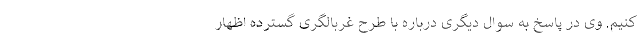
کنیم. وی در پاسخ به سوال دیگری درباره با طرح غربالگری گسترده اظهار